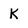
Character: k